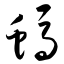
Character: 蚂